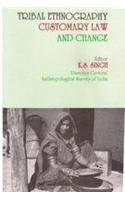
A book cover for Tribal Ethnography, Customary Law and Change; K. S. Singh; Law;